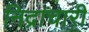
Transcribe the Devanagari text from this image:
निद्राचारी